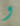
و